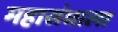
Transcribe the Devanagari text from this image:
महासंघाला